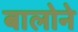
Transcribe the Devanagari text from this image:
बालोने